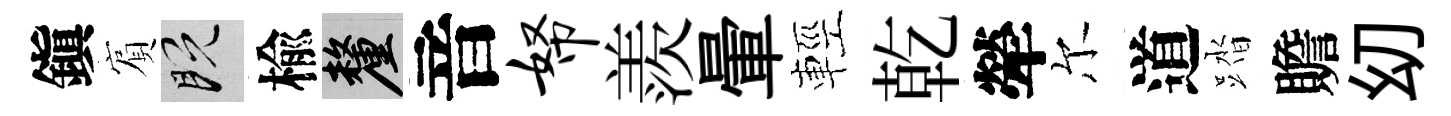
鎭賔既楡厘音帑羨暈輕乾犖尔道踏贍㓜